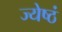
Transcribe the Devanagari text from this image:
ज्येष्ठं